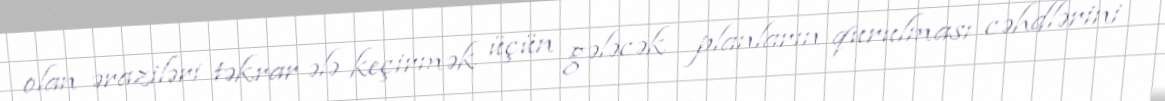
olan əraziləri təkrar ələ keçirmək üçün gələcək planların qurulması cəhdlərini